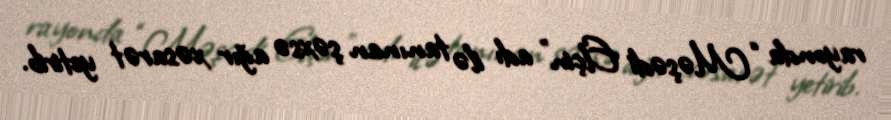
rayonda “Məşədi Elçin” adı ilə tanınan şəxsə ağır xəsarət yetirib.